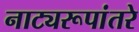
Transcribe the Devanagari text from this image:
नाट्यरूपांतरे